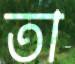
তা